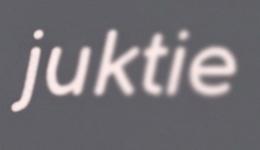
juktie